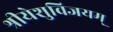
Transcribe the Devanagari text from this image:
श्रीयेशुविजयम्